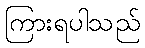
ကြားရပါသည်